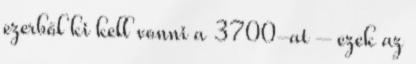
ezerből ki kell vonni a 3700-at – ezek az